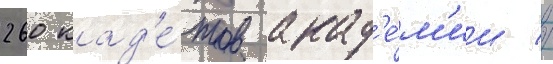
260 кад'е́тов акад'е́м'ии //